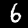
Digit: 6